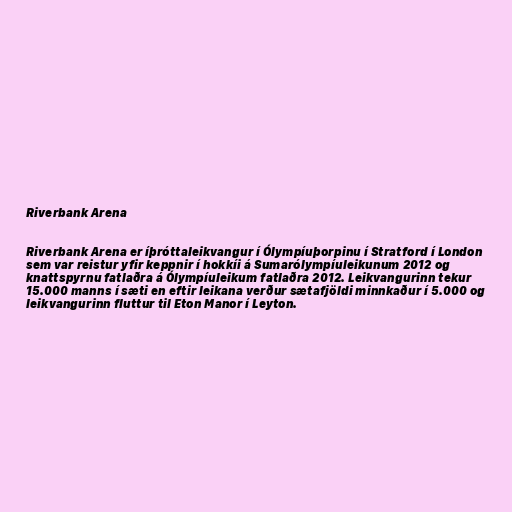
Riverbank Arena

Riverbank Arena er íþróttaleikvangur í Ólympíuþorpinu í Stratford í London
sem var reistur yfir keppnir í hokkíi á Sumarólympíuleikunum 2012 og
knattspyrnu fatlaðra á Ólympíuleikum fatlaðra 2012. Leikvangurinn tekur
15.000 manns í sæti en eftir leikana verður sætafjöldi minnkaður í 5.000 og
leikvangurinn fluttur til Eton Manor í Leyton.